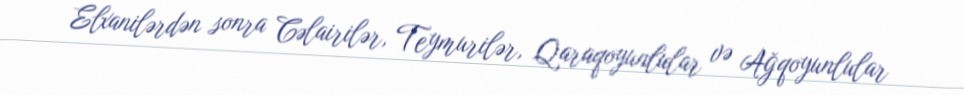
Elxanilərdən sonra Cəlairilər, Teymurilər, Qaraqoyunlular və Ağqoyunlular